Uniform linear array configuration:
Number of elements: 48
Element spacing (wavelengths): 0.5
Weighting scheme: blackman
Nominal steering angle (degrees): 45
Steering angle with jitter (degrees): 45.0
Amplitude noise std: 0.05
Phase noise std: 0.05

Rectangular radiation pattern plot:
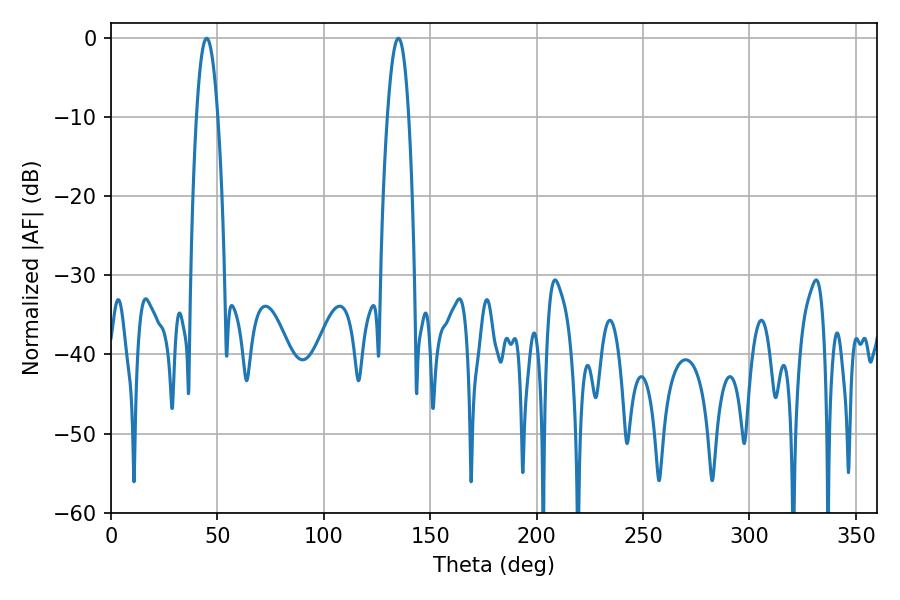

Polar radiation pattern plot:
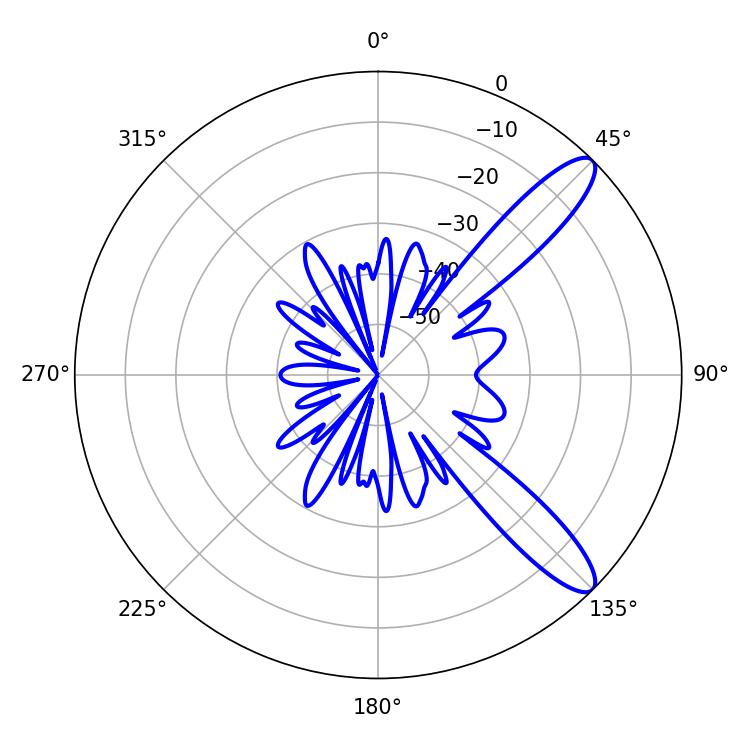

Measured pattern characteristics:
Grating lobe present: FALSE
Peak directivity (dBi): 11.325
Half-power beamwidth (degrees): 5.4
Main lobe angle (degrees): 45